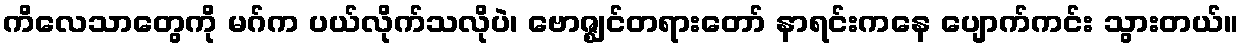
ကိလေသာတွေကို မဂ်က ပယ်လိုက်သလိုပဲ၊ ဗောဇ္ဈင်တရားတော် နာရင်းကနေ ပျောက်ကင်း သွားတယ်။